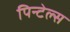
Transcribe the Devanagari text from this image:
पिन्टेल्स